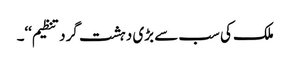
ملک کی سب سے بڑی دہشت گرد تنظیم‘‘۔